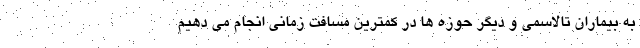
به بیماران تالاسمی و دیگر حوزه ها در کمترین مسافت زمانی انجام می دهیم